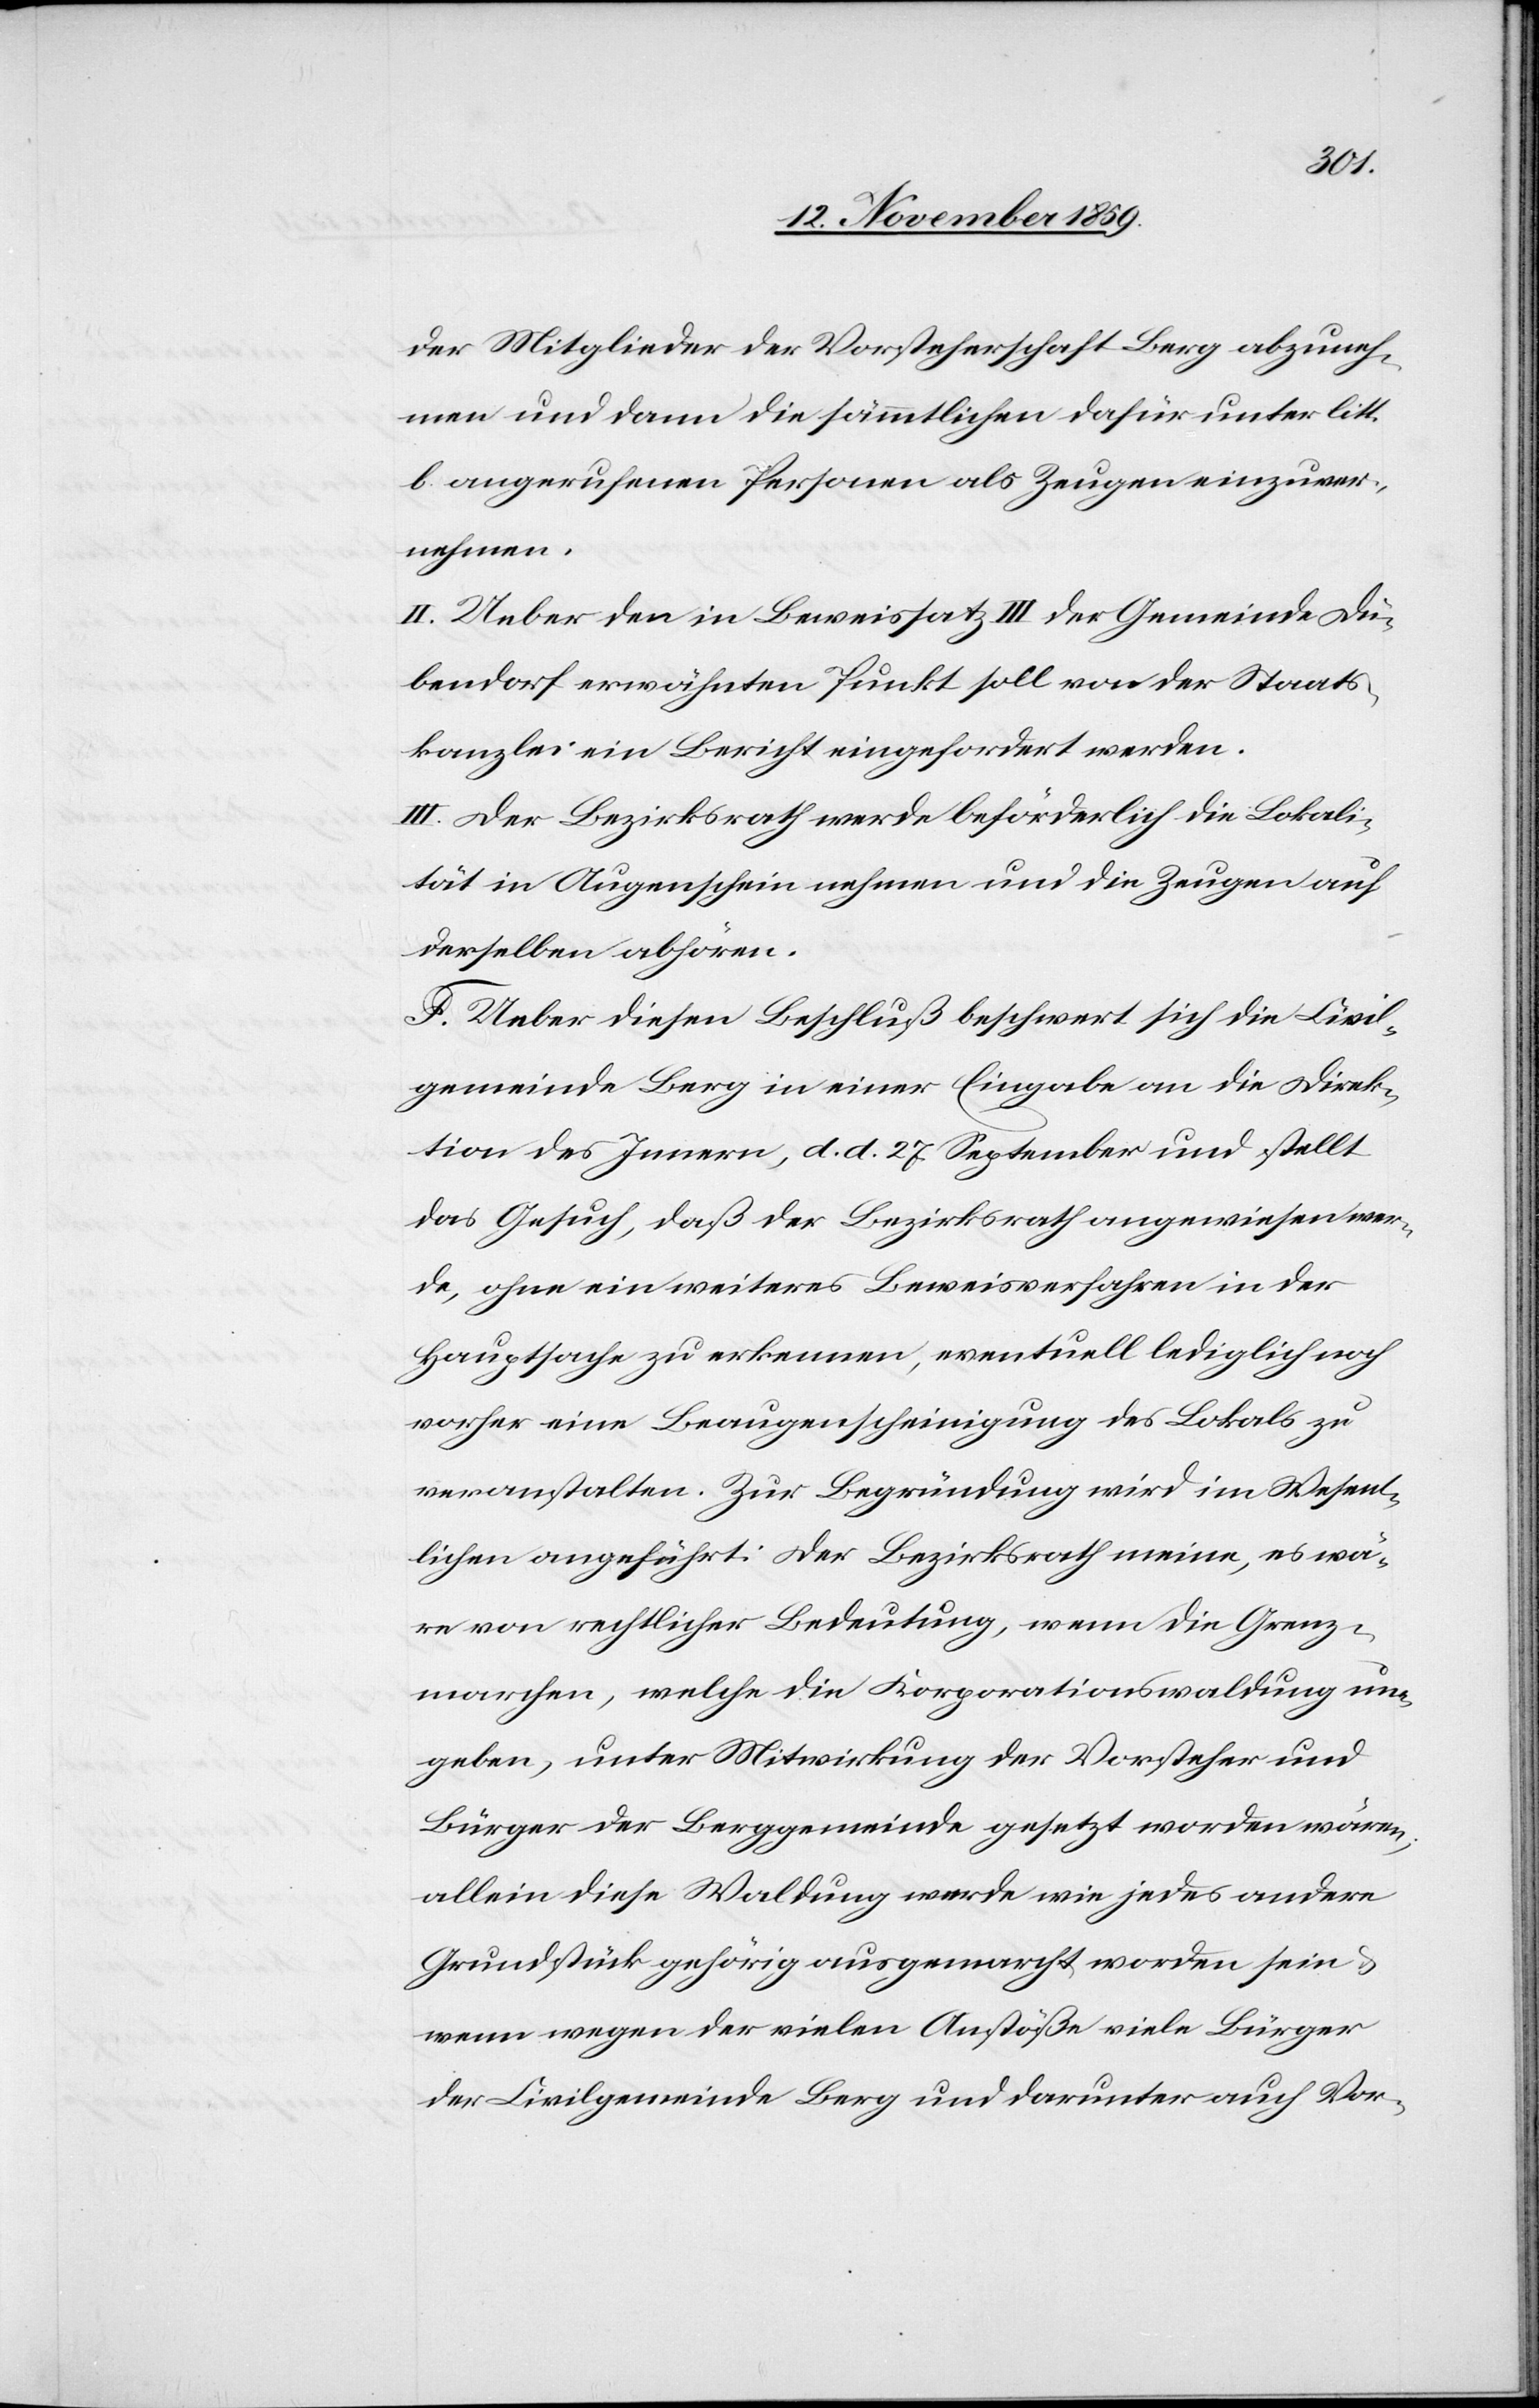
der Mitglieder der Vorsteherschaft Berg abzuneh¬
men und dann die sämmtlichen dafür unter litt.
b angerufenen Personen als Zeugen einzuver¬
nehmen.
II. Ueber den in Beweissatz III der Gemeinde Dü¬
bendorf erwähnten Punkt soll von der Staats¬
kanzlei ein Bericht eingefordert werden.
III. der Bezirksrath werde beförderlich die Lokali¬
tät in Augenschein nehmen und die Zeugen auf
derselben abhören.
F. Ueber diesen Beschluß beschwert sich die Civil¬
gemeinde Berg in einer Eingabe an die Direk¬
tion des Innern, d. d. 27. September und stellt
das Gesuch, daß der Bezirksrath angewiesen wer¬
de, ohne ein weiteres Beweisverfahren in der
Hauptsache zu erkennen, eventuell lediglich noch
vorher eine Beaugenscheinigung des Lokals zu
veranstalten. Zur Begründung wird im Wesent¬
lichen angeführt: Der Bezirksrath meine, es wä¬
re von rechtlicher Bedeutung, wenn die Grenz¬
marchen, welche die Korporationswaldung um¬
geben, unter Mitwirkung der Vorsteher und
Bürger der Berggemeinde gesetzt worden wären;
allein diese Waldung werde wie jedes andere
Grundstück gehörig ausgemarcht worden sein &
wenn wegen der vielen Anstößer viele Bürger
der Civilgemeinde Berg und darunter auch Vor-